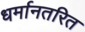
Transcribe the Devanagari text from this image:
धर्मानतरित